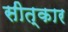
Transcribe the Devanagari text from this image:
सीत्कार